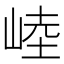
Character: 𰎥